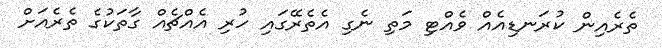
ތެރެއިން ކުރަނޑިއެއް ވެއްޓި މަތި ނެގި އެތެރޭގައި ހުރި އެއްޗެއް ގާތަކުގެ ތެރެއަށް